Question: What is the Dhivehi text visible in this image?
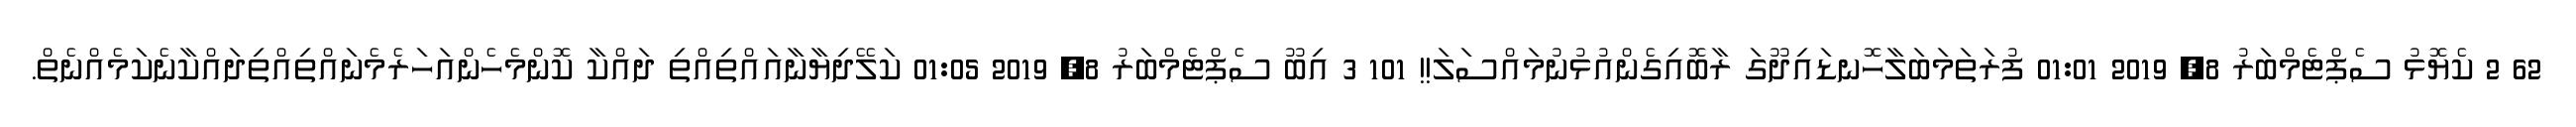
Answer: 62 2 ކެޔޮޅު ސެޕްޓެމްބަރު 8, 2019 01:01 ފުރަތަމަބަލާހޮނޑައިދޫގަ ރާބޮއިގެންއުޅުނުމައްސަލަ!! 101 3 އިބޫ ސެޕްޓެމްބަރު 8, 2019 01:05 ކަލޭދިޔާނާއައްތިއްތި ދައްކާ ކޮންމެހެންއަހަރެމެނައްތިއްތިދައްކާނެކަމެއްނެތް.